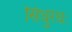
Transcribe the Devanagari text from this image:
सिंधुरंधः